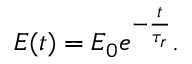
E ( t ) = E _ { 0 } e ^ { - \frac { t } { \tau _ { r } } } .